Report on vaccination in Madras 1895-1903 - 1895-1903
Year: 1895
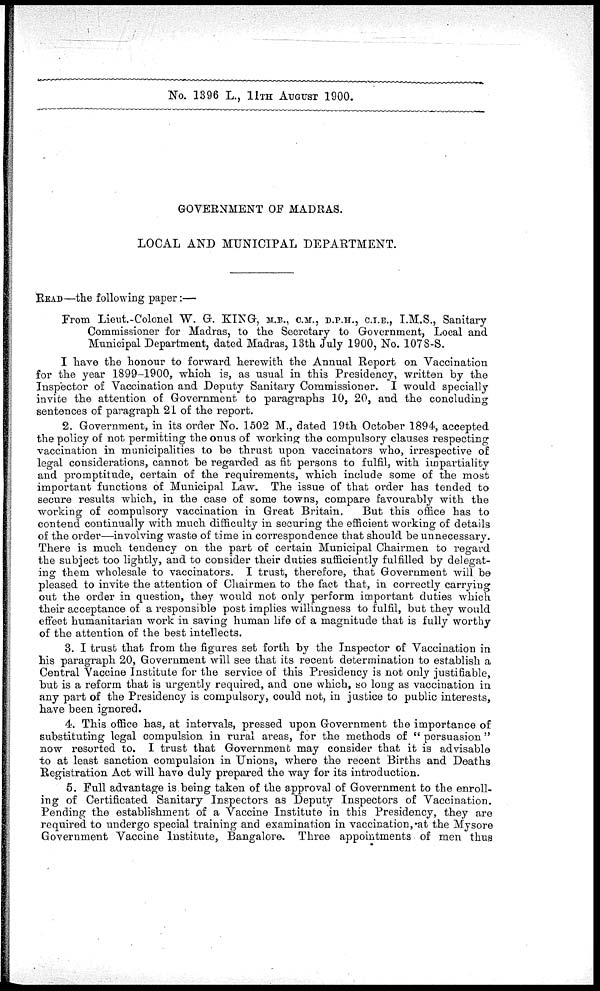
No. 1396 L., 11TH AUGUST 1900.
GOVERNMENT OF MADRAS.
LOCAL AND MUNICIPAL DEPARTMENT.
READ—the following paper:—
From Lieut.-Colonel W. G. KING, M.B., C.M., D.P.H., C.I.E., I.M.S., Sanitary
Commissioner for Madras, to the Secretary to Government, Local and
Municipal Department, dated Madras, 13th July 1900, No. 1078-S.
I have the honour to forward herewith the Annual Report on Vaccination
for the year 1899-1900, which is, as usual in this Presidency, written by the
Inspector of Vaccination and Deputy Sanitary Commissioner. I would specially
invite the attention of Government to paragraphs 10, 20, and the concluding
sentences of paragraph 21 of the report.
2. Government, in its order No. 1502 M., dated 19th October 1894, accepted
the policy of not permitting the onus of working the compulsory clauses respecting
vaccination in municipalities to be thrust upon vaccinators who, irrespective of
legal considerations, cannot be regarded as fit persons to fulfil, with impartiality
and promptitude, certain of the requirements, which include some of the most
important functions of Municipal Law. The issue of that order has tended to
secure results which, in the case of some towns, compare favourably with the
working of compulsory vaccination in Great Britain.
But this office has to
contend continually with much difficulty in securing the efficient working of details
of the order—involving waste of time in correspondence that should be unnecessary.
There is much tendency on the part of certain Municipal Chairmen to regard
the subject too lightly, and to consider their duties sufficiently fulfilled by delegat-
ing them wholesale to vaccinators. I trust, therefore, that Government will be
pleased to invite the attention of Chairmen to the fact that, in correctly carrying
out the order in question, they would not only perform important duties which
their acceptance of a responsible post implies willingness to fulfil, but they would
effect humanitarian work in saving human life of a magnitude that is fully worthy
of the attention of the best intellects.
3. I trust that from the figures set forth by the Inspector of Vaccination in
his paragraph 20, Government will see that its recent determination to establish a
Central Vaccine Institute for the service of this Presidency is not only justifiable,
but is a reform that is urgently required, and one which, so long as vaccination in
any part of the Presidency is compulsory, could not, in justice to public interests,
have been ignored.
4. This office has, at intervals, pressed upon Government the importance of
substituting legal compulsion in rural areas, for the methods of " persuasion "
now resorted to. I trust that Government may consider that it is advisable
to at least sanction compulsion in Unions, where the recent Births and Deaths
Registration Act will have duly prepared the way for its introduction.
5. Full advantage is being taken of the approval of Government to the enroll-
ing of Certificated Sanitary Inspectors as Deputy Inspectors of Vaccination.
Pending the establishment of a Vaccine Institute in this Presidency, they are
required to undergo special training and examination in vaccination, at the Mysore
Government Vaccine Institute, Bangalore. Three appointments of men thus